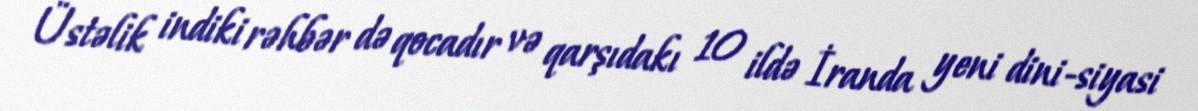
Üstəlik indiki rəhbər də qocadır və qarşıdakı 10 ildə İranda yeni dini-siyasi